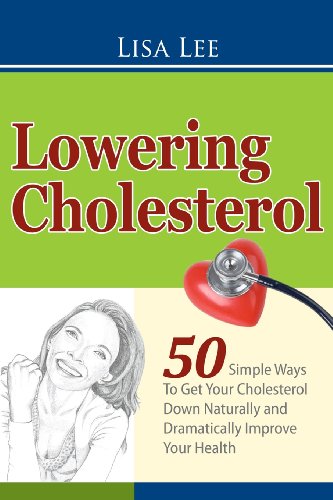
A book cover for Lowering Cholesterol: 50 Simple Ways To Get Your Cholesterol Down Naturally and Dramatically Improve Your Health; Lisa Lee; Cookbooks, Food & Wine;